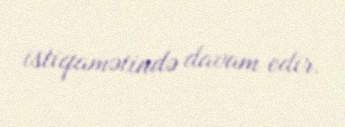
istiqamətində davam edir.